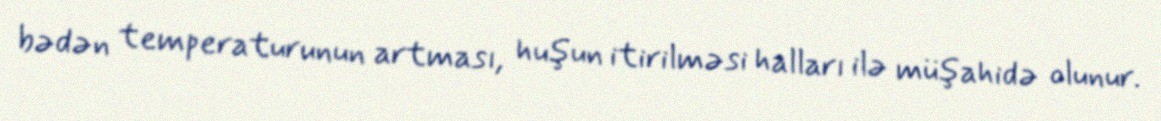
bədən temperaturunun artması, huşun itirilməsi halları ilə müşahidə olunur.